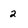
Character: 2